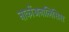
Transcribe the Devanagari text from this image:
नार्कोअनालिसिस